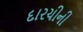
દારચીની